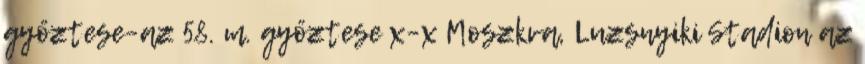
győztese–az 58. m. győztese x–x Moszkva, Luzsnyiki Stadion az